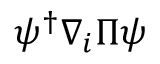
\psi ^ { \dagger } \nabla _ { i } \Pi \psi